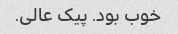
خوب بود. پیک عالی.